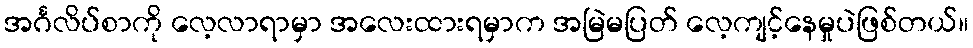
အင်္ဂလိပ်စာကို လေ့လာရာမှာ အလေးထားရမှာက အမြဲမပြတ် လေ့ကျင့်နေမှုပဲဖြစ်တယ်။